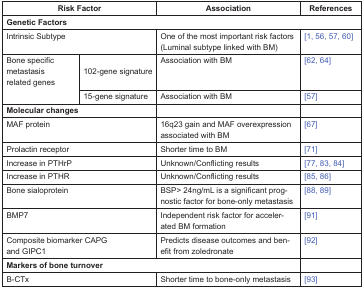
<table><thead><tr><td colspan="2"><b>Risk Factor</b></td><td><b>Association</b></td><td><b>References</b></td></tr></thead><tbody><tr><td colspan="4"><b>Genetic Factors</b></td></tr><tr><td colspan="2">Intrinsic Subtype</td><td>One of the most important risk factors (Luminal subtype linked with BM)</td><td>[1, 56, 57, 60]</td></tr><tr><td rowspan="2">Bone specific metastasis related genes</td><td>102-gene signature</td><td>Association with BM</td><td>[62, 64]</td></tr><tr><td>15-gene signature</td><td>Association with BM</td><td>[57]</td></tr><tr><td colspan="2"><b>Molecular changes</b></td><td></td><td></td></tr><tr><td colspan="2">MAF protein</td><td>16q23 gain and MAF overexpression associated with BM</td><td>[67]</td></tr><tr><td colspan="2">Prolactin receptor</td><td>Shorter time to BM</td><td>[71]</td></tr><tr><td colspan="2">Increase in PTHrP</td><td>Unknown/Conflicting results</td><td>[77, 83, 84]</td></tr><tr><td colspan="2">Increase in PTHR</td><td>Unknown/Conflicting results</td><td>[85, 86]</td></tr><tr><td colspan="2">Bone sialoprotein</td><td>BSP&gt; 24ng/mL is a significant prognostic factor for bone-only metastasis</td><td>[88, 89]</td></tr><tr><td colspan="2">BMP7</td><td>Independent risk factor for accelerated BM formation</td><td>[91]</td></tr><tr><td colspan="2">Composite biomarker CAPG and GIPC1</td><td>Predicts disease outcomes and benefit from zoledronate</td><td>[92]</td></tr><tr><td colspan="3"><b>Markers of bone turnover</b></td><td></td></tr><tr><td colspan="2">B-CTx</td><td>Shorter time to bone-only metastasis</td><td>[93]</td></tr></tbody></table>